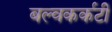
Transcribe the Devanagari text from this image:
बल्वकर्कटी